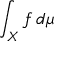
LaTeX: \int _ { X } f \, d \mu